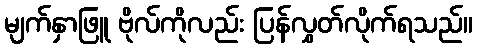
မျက်နှာဖြူ ဗိုလ်ကိုလည်း ပြန်လွှတ်လိုက်ရသည်။